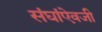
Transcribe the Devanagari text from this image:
संघांऐवजी